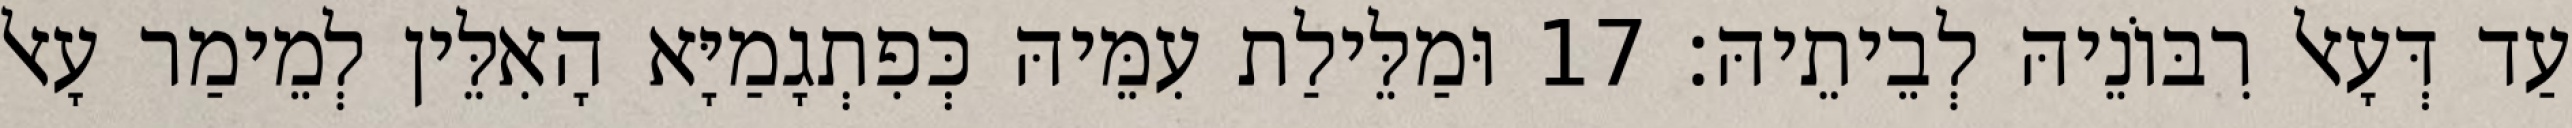
עַד דְּעָאל רִבּוֹנֵיהּ לְבֵיתֵיהּ׃ 17 וּמַלֵּילַת עִמֵּיהּ כְּפִתְגָמַיָּא הָאִלֵּין לְמֵימַר עָאל